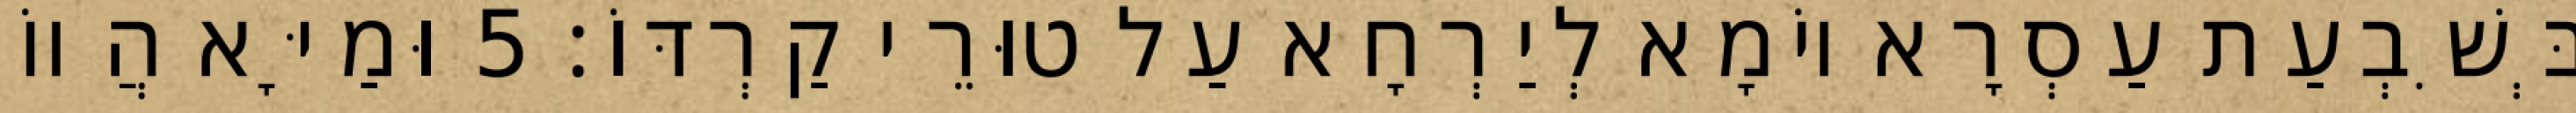
בְּשִׁבְעַת עַסְרָא יוֹמָא לְיַרְחָא עַל טוּרֵי קַרְדּוֹ׃ 5 וּמַיָּא הֲווֹ